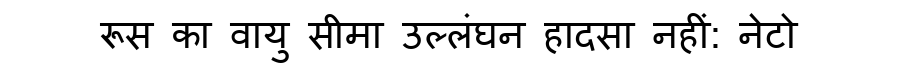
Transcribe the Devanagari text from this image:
रूस का वायु सीमा उल्लंघन हादसा नहीं: नेटो